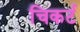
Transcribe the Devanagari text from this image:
चिकर्ट